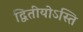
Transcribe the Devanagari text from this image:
द्वितीयोऽस्ति